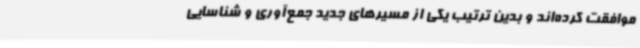
موافقت کرده‌اند و بدین ترتیب یکی از مسیرهای جدید جمع‌آوری و شناسایی